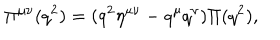
LaTeX: \Pi ^ { \mu \nu } ( q ^ { 2 } ) = ( q ^ { 2 } \eta ^ { \mu \nu } - q ^ { \mu } q ^ { \nu } ) \Pi ( q ^ { 2 } ) ,